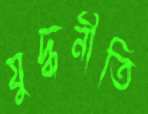
যুদ্ধনীতি